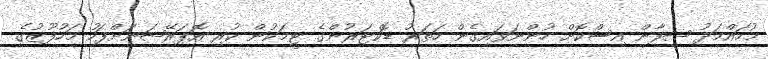
މުހައްމަދު ޝިފާން އިސްކޮށް ހުންނަވައިގެން ހަތަރު ޑޮކްޓަރުންގެ ޓީމަކުން ކުރި އޮޕަރޭޝަނަށްފަހު މަހުފޫޒުގެ